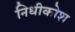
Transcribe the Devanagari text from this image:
निधीकोश